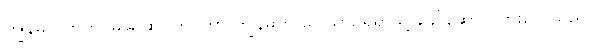
ကျွန်မလက်ကို မြဲမြဲ ဆုပ်ကိုင်ကာ ကျွန်မကို ဝေါယာဉ်ရှိရာသို့ ခေါ်ဆောင်သွားလေသည်။